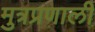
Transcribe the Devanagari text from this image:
मुत्रप्रणाली